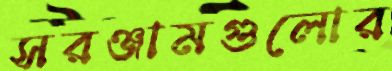
সরঞ্জামগুলোর